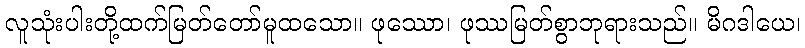
လူသုံးပါးတို့ထက်မြတ်တော်မူထသော။ ဖုဿော၊ ဖုဿမြတ်စွာဘုရားသည်။ မိဂဒါယေ၊